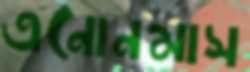
এনোনমাস